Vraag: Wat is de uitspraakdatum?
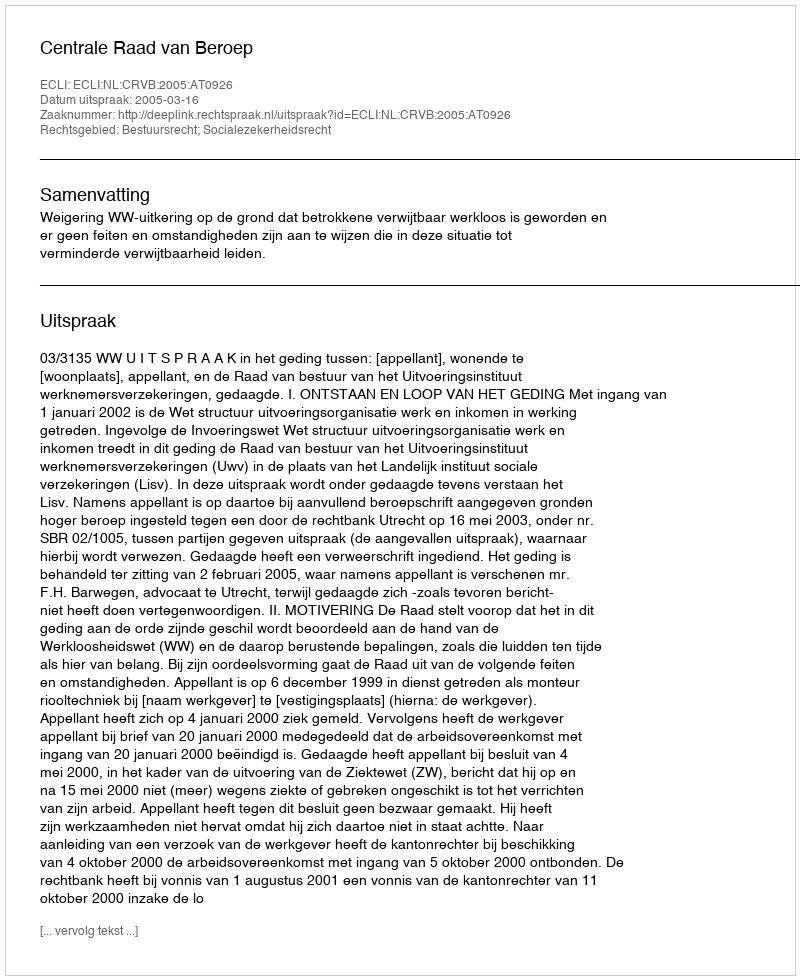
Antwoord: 2005-03-16